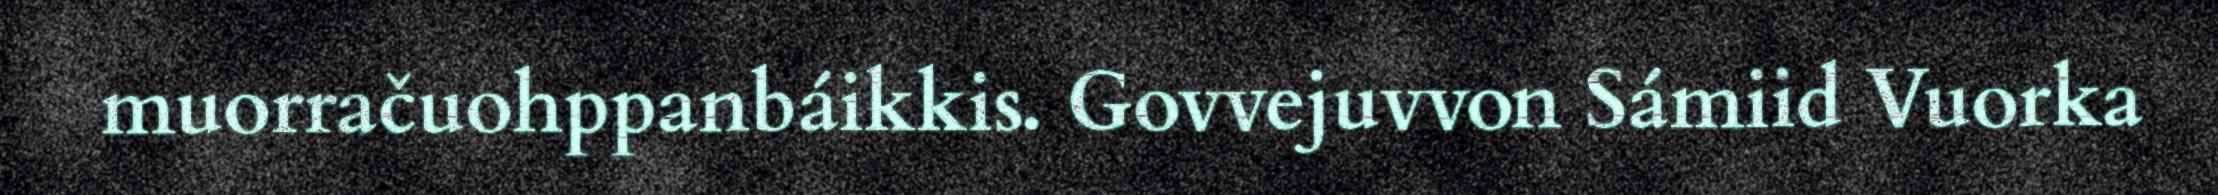
muorračuohppanbáikkis. Govvejuvvon Sámiid Vuorka